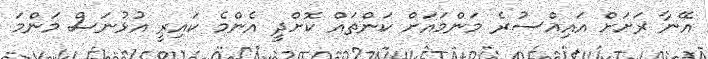
އޭނާ ރަށަށް އައިއްސުރެ މަންމައަށް ކަންތައް ކޮށްދީ އެންމެ ކައިރީ އުޅުނަސް މަންމަ